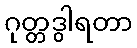
ဂုတ္တဒွါရတာ